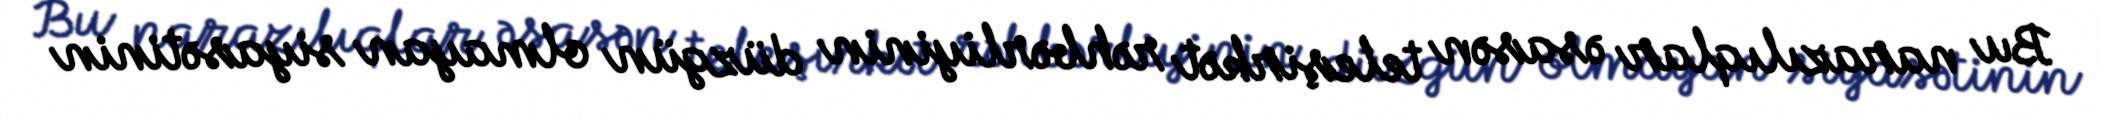
Bu narazılıqlar əsasən teleşirkət rəhbərliyinin düzgün olmayan siyasətinin